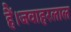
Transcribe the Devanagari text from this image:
हैं।जवाहरलाल